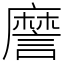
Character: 䜆